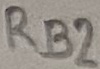
Text: RB2